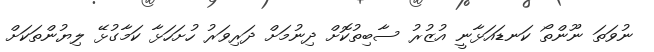
ނުވަތަ ނޫންތޯ ކަނޑައަޅާނީ އުޒުރު ސާބިތުކޮށް ދިނުމަށް ދަރިވަރު ހުށަހަޅާ ކަމާގުޅޭ ލިޔުންތަކަށް